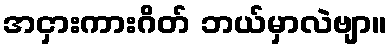
အငှားကားဂိတ် ဘယ်မှာလဲဗျာ။